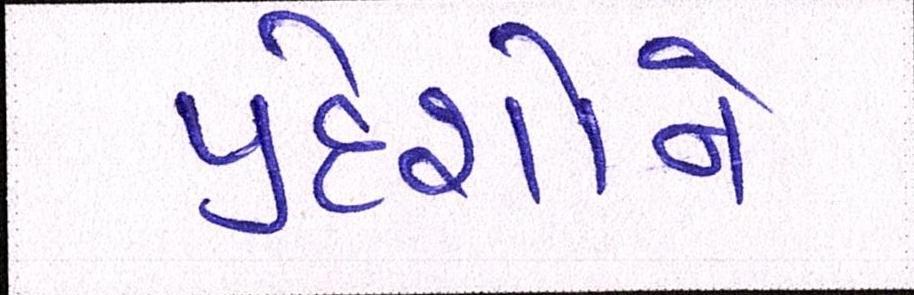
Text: પ્રદેશોને